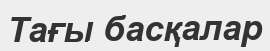
Тағы басқалар